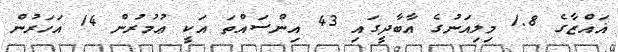
ޣައްޒާގެ 1.8 މިލިއަނުގެ އާބާދީގައި 43 އިންސައްތަ އަކީ ޢުމުރުން 14 އަހަރުން